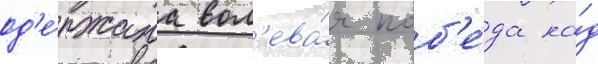
од'е́ржана вол'ева́я поб'е́да на́д